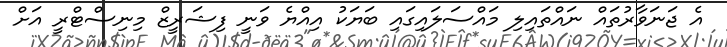
އެ ޖަނަވާރުތައް ނައްތައިލި މައްސަލައިގައި ބަޔަކު އިއްޔެ ވަނީ ފިޝަރީޒް މިނިސްޓްރީ އަށް